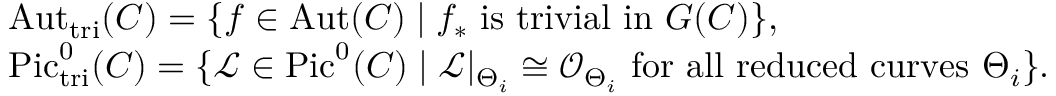
\begin{array} { r l } & { \mathrm { A u t } _ { \mathrm { t r i } } ( C ) = \{ f \in \mathrm { A u t } ( C ) \mid f _ { * } \mathrm { \ i s \ t r i v i a l \ i n \ } G ( C ) \} , } \\ & { \mathrm { P i c } _ { \mathrm { t r i } } ^ { 0 } ( C ) = \{ \mathcal { L } \in \mathrm { P i c } ^ { 0 } ( C ) \mid \mathcal { L } | _ { \Theta _ { i } } \cong \mathcal { O } _ { \Theta _ { i } } \mathrm { \ f o r \ a l l \ r e d u c e d \ c u r v e s \ } \Theta _ { i } \} . } \end{array}